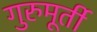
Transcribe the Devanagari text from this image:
गुरुमूर्ती